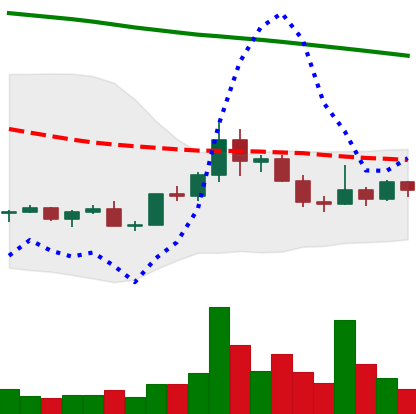
Ticker: DOGE-USD
Chart end date: 2022-02-16
Forward return: -13.82%
Label: down_7plus